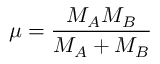
\mu = \frac { M _ { A } M _ { B } } { M _ { A } + M _ { B } }